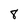
Character: 8